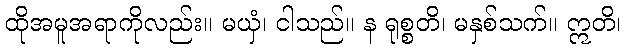
ထိုအမူအရာကိုလည်း။ မယှံ၊ ငါသည်။ န ရုစ္စတိ၊ မနှစ်သက်။ ဣတိ၊